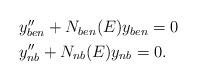
LaTeX: \begin{align*} \begin{aligned} & y''_{ben} +N_{ben}(E)y_{ben}=0 \\ & y''_{nb} +N_{nb}(E)y_{nb}=0.\end{aligned}\end{align*}